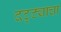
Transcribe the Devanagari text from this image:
दट्ट्याचा